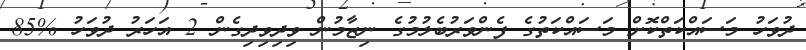
ދުވަހު މަސައްކަތްކޮށް މަސައްކަތުގެ ފެންވަރުބެލުމުގެ ނިޒާމުން ވިދިވިދިގެން 2 އަހަރު ދުވަހު %85